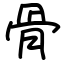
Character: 骨